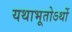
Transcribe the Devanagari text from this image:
यथाभूतोऽर्थो